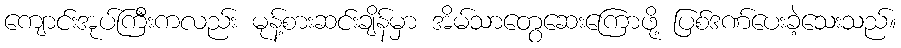
ကျောင်းအုပ်ကြီးကလည်း မုန့်စားဆင်းချိန်မှာ အိမ်သာတွေဆေးကြောဖို့ ပြစ်ဒဏ်ပေးခဲ့သေးသည်။